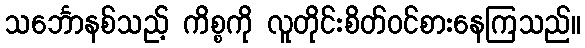
သင်္ဘောနစ်သည့် ကိစ္စကို လူတိုင်းစိတ်ဝင်စားနေကြသည်။